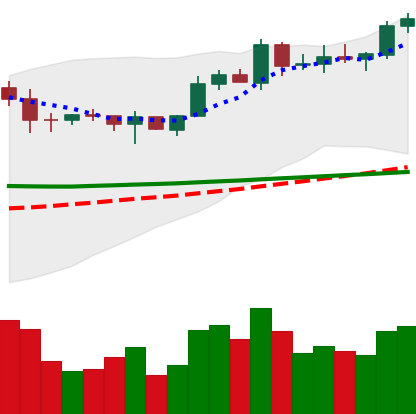
Ticker: EOS-USD
Chart end date: 2020-02-06
Forward return: 14.436%
Label: up_7plus